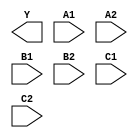
module sky130_fd_sc_hs__a222oi (
    Y ,
    A1,
    A2,
    B1,
    B2,
    C1,
    C2
);

    output Y ;
    input  A1;
    input  A2;
    input  B1;
    input  B2;
    input  C1;
    input  C2;

    // Voltage supply signals
    supply1 VPWR;
    supply0 VGND;

endmodule